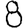
Digit: 8